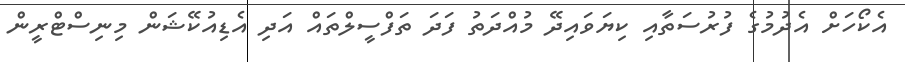
އެކޯހަށް އެދުމުގެ ފުރުސަތާއި ކިޔަވައިދޭ މުއްދަތު ފަދަ ތަފްސީލްތައް އަދި އެޑިއުކޭޝަން މިނިސްޓްރީން